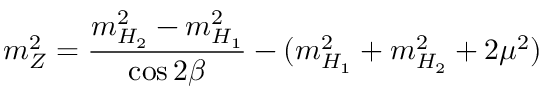
m _ { Z } ^ { 2 } = \frac { m _ { H _ { 2 } } ^ { 2 } - m _ { H _ { 1 } } ^ { 2 } } { \cos 2 \beta } - ( m _ { H _ { 1 } } ^ { 2 } + m _ { H _ { 2 } } ^ { 2 } + 2 \mu ^ { 2 } )